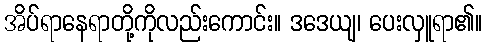
အိပ်ရာနေရာတို့ကိုလည်းကောင်း။ ဒဒေယျ၊ ပေးလှူရာ၏။